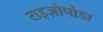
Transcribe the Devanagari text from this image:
राइज़ोपोडा